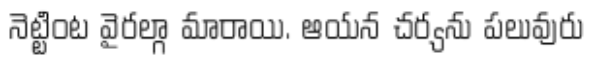
నెట్టింట వైరల్గా మారాయి. ఆయన చర్యను పలువురు